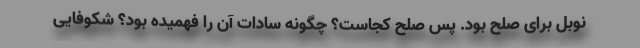
نوبل برای صلح بود. پس صلح کجاست؟ چگونه سادات آن را فهمیده بود؟ شکوفایی